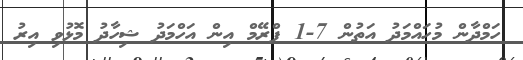
ހަމްދާން މުހައްމަދު އަތުން 7-1 ފްރޭމް އިން އަހްމަދު ޝިހާދު މޮޅުވި އިރު